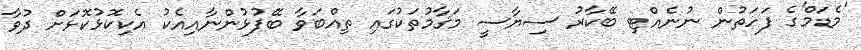
'މެޑަމް'ގެ ފަހަތުން ނުނެއްޓި ބޭކާރު ސިޔާސީ މަޤާމުތަކުގައި ތިއްބަވާ ބޭފުޅުންނާއިއެކު އެކިކޮޅުކޮޅަށް ދުވާ